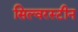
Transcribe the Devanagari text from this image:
सिल्वरस्टीन